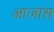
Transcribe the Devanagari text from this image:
आजांस